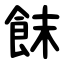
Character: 䬴